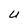
Character: U